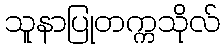
သူနာပြုတက္ကသိုလ်